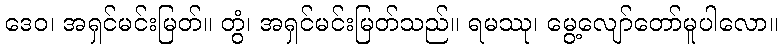
ဒေဝ၊ အရှင်မင်းမြတ်။ တွံ၊ အရှင်မင်းမြတ်သည်။ ရမဿု၊ မွေ့လျော်တော်မူပါလော။